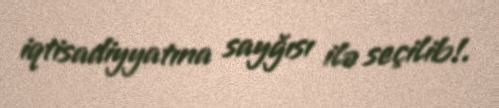
iqtisadiyyatına sayğısı ilə seçilib!.